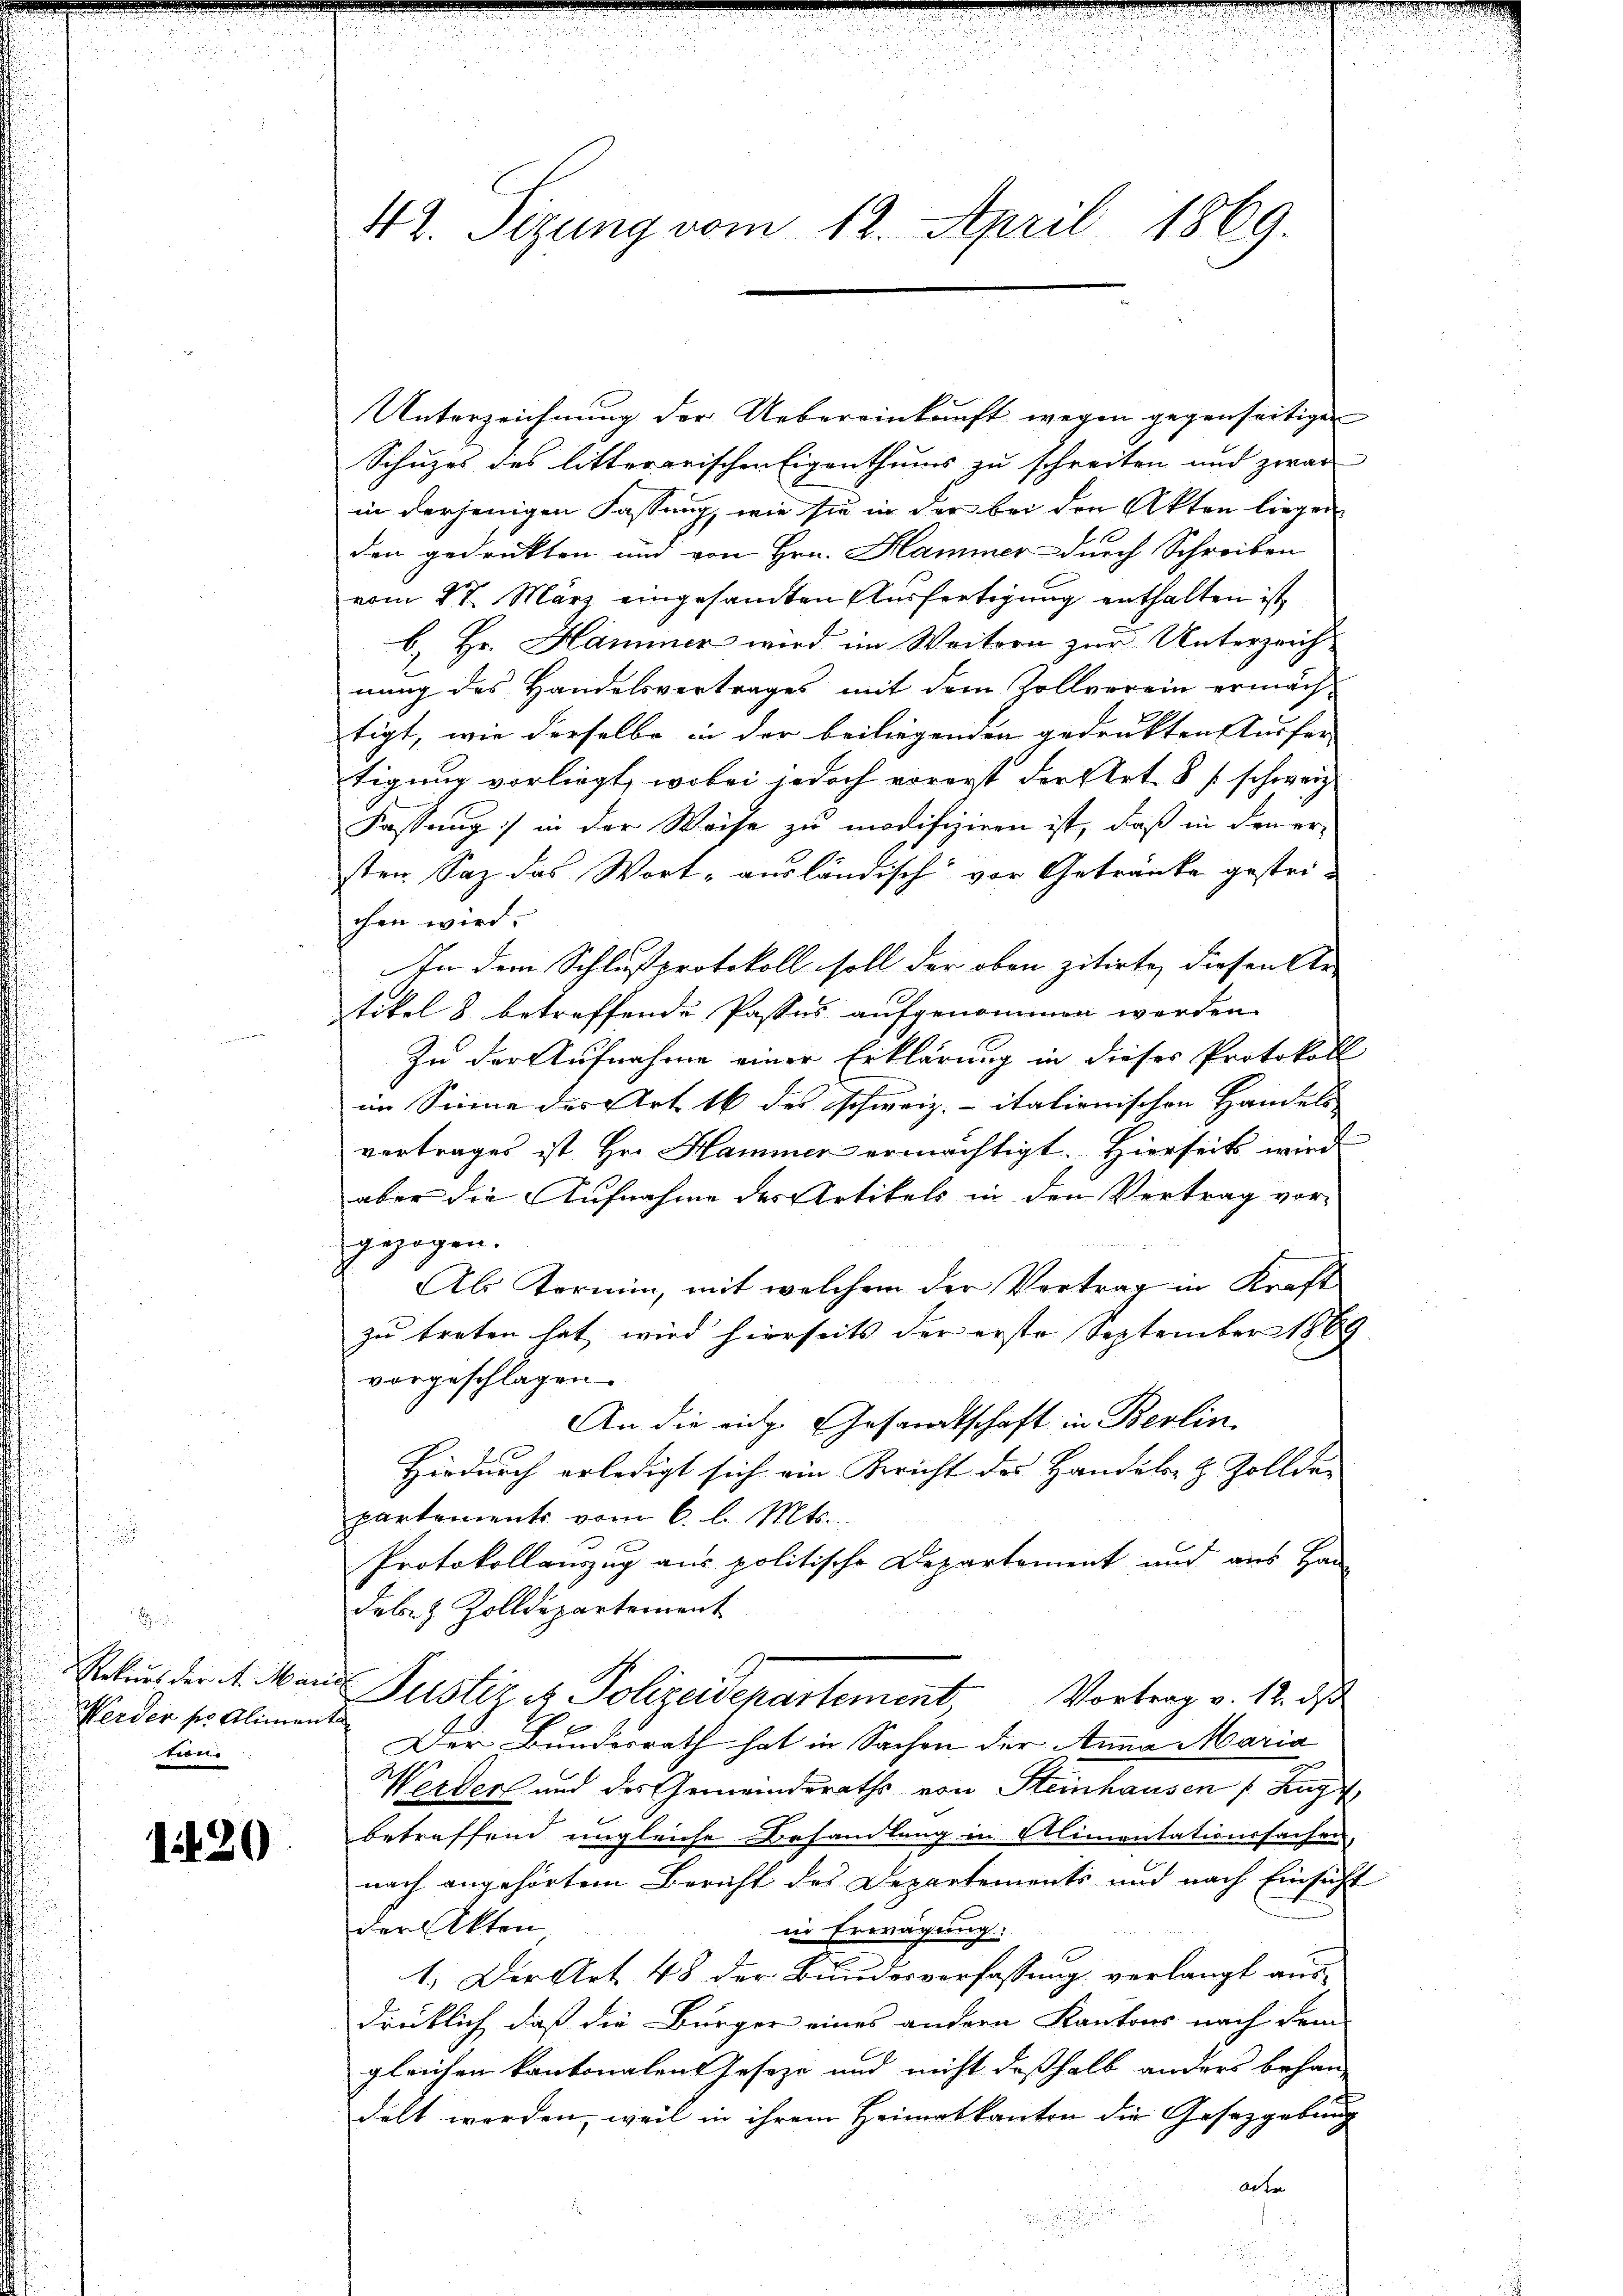
Werden so Alimenta
tioni

1420

Unterzeichnung der Uebereinkunft wegen gegenseitigen
Schuzes des litterarischen Eigenthums zu schreiten und zwar
in derjenigen Fassung, wie sie in der bei den Akten liegen
den gedruckten und von Hrn. Hammer durch Schreiben
vom 27. März eingesamten Ausfertigung enthalten ist,
b) Hr. Hammer wird im Weitern zur Unterzeich-
nung des Handelsvertrages mit dem Zollverein ermäch-
tigt, wie derselbe in der beiliegenden gedruckten Ausfer
tigung vorliegt, wobei jedoch vorerst der Art 8 f. schweiz.
Fassung in der Weise zu modifiziren ist, daß in den er-
sten Saz das Wort ausländisch vor Getränke gestrichen wird.
In dem Schlußprotokoll soll der oben zitirte, diesen Ur-
tikel 8 betreffende Passus aufgenommen werden.
Zu der Aufnahme einer Erklärung in dieses Protokoll
im Sinne des Art 16 des schweiz.- italienischen Handels
vertrages ist Hr. Hammer ermächtigt. Hierseits wird
aber die Aufnahme des Artikels in den Vertrag vor-
gezogen.
Als Termin, mit welchem der Vertrag in Kraft
zu treten hat, wird hierseits der erste September 1869. |
vorgeschlagen.
An die eidg. Gesandtschaft in Berlin.
Hiedurch erledigt sich ein Bericht des Handels- & Zollder
partements vom 6. l. Mts.,
Protokollauszug aus politische Departement und aus Han
Feb- & Zolldepartement
Rekurs der Mande Justiz u. Polizeidepartement
Vortrag v. 12. ds
Der Bundesrath hat in Sachen der Anna Maria
Werdert und der Gemeindsraths von Steinhausen (Kuge
betreffend ungleiche Besamlung in Alimentationssachen,
nach angehörtem Bericht des Departements und nach Einsicht
der Akten
in Erwägung:
1. Der Art. 48 der Bundesverfassung verlangt ausdrüklich, daß die Bürger eines andern Kantons nach dem
gleichen kantonalen Geseze und nicht deßhalb anders behan-
delt werden, weil in ihrem Heimatkanton die Gesetzgebung |
acte

42. Sizung vom 12. April 1869.